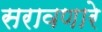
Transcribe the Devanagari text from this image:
सरावणारे